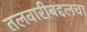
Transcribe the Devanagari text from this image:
तलवारीबद्दलचा